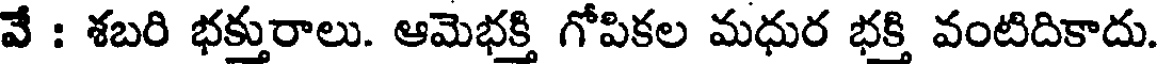
వే : శబరి భక్తురాలు. ఆమెభక్తి గోపికల మధుర భక్తి వంటిదికాదు.